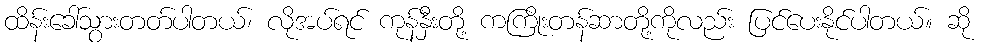
ထိန်းခေါ်သွားတတ်ပါတယ်၊ လိုအပ်ရင် ကုန်နှီးတို့ ကကြိုးတန်ဆာတို့ကိုလည်း ပြင်ပေးနိုင်ပါတယ်။ ဆို